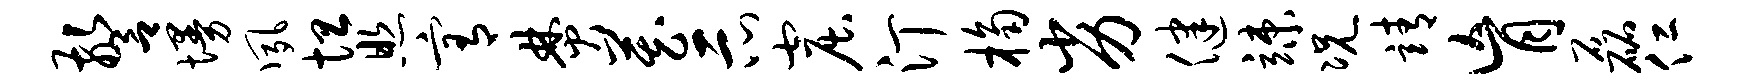
警墁夙坦照宥焚藏示窟汀桷劣健竦况靖肓磊仁